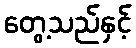
တွေ့သည်နှင့်